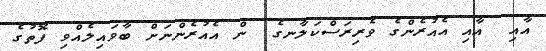
އާއި  އާއި އެއުރެންގެ ވެރިރަސްކަލާނގެ  ން އެއުރެންނަށް ބާވައިލެއްވި ފޮތުގެ